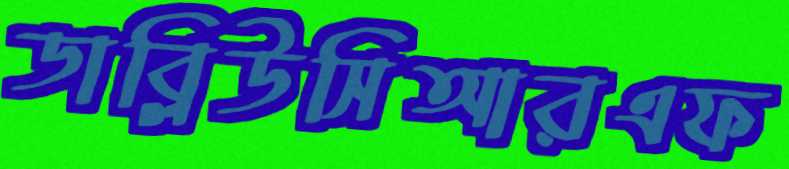
ডাব্লিউসিআরএফ